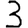
Digit: 3